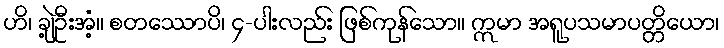
ဟိ၊ ချဲ့ဦးအံ့။ စတဿောပိ၊ ၄-ပါးလည်း ဖြစ်ကုန်သော။ ဣမာ အရူပသမာပတ္တိယော၊